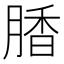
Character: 𰮽